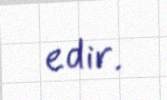
edir.